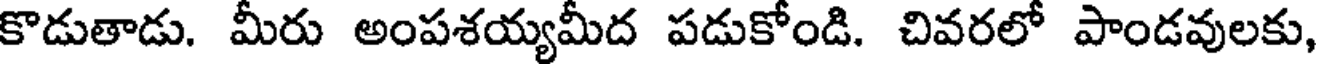
కొడుతాడు. మీరు అంపశయ్యమీద పడుకోండి. చివరలో పాండవులకు,